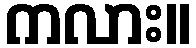
ကလား။